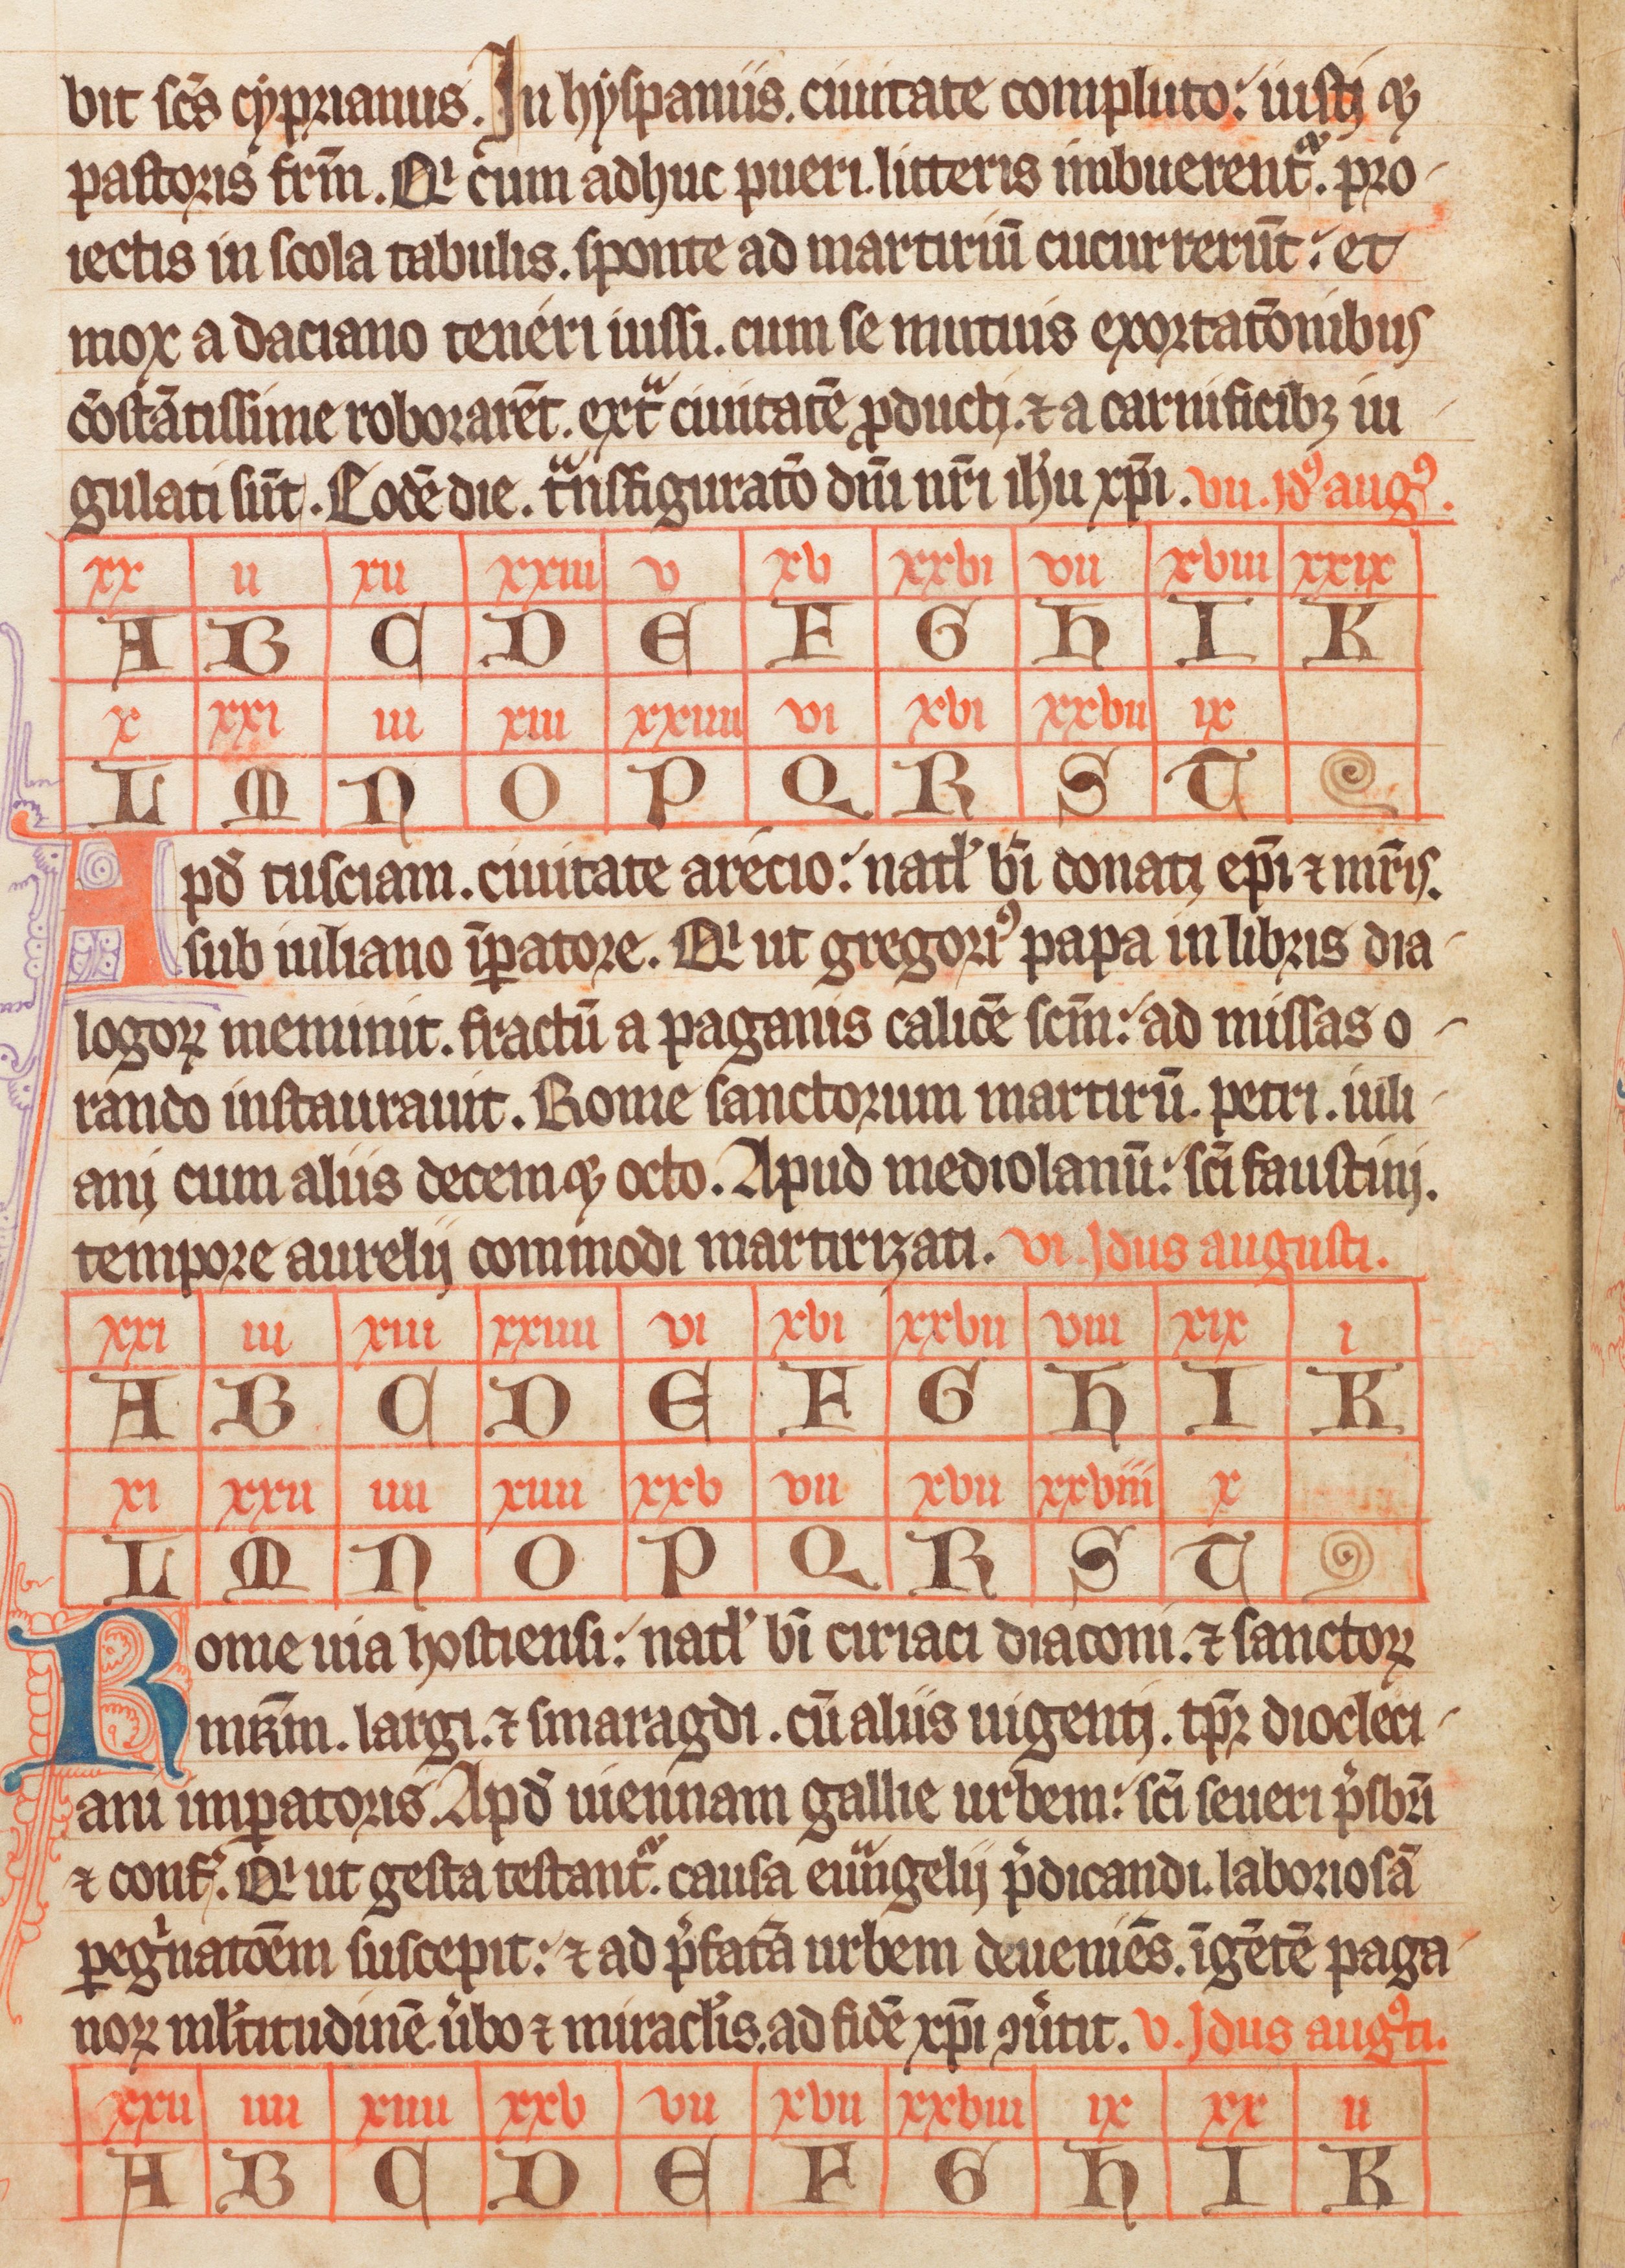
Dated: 1338–1338